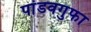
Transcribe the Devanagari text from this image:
पांडवगुफा